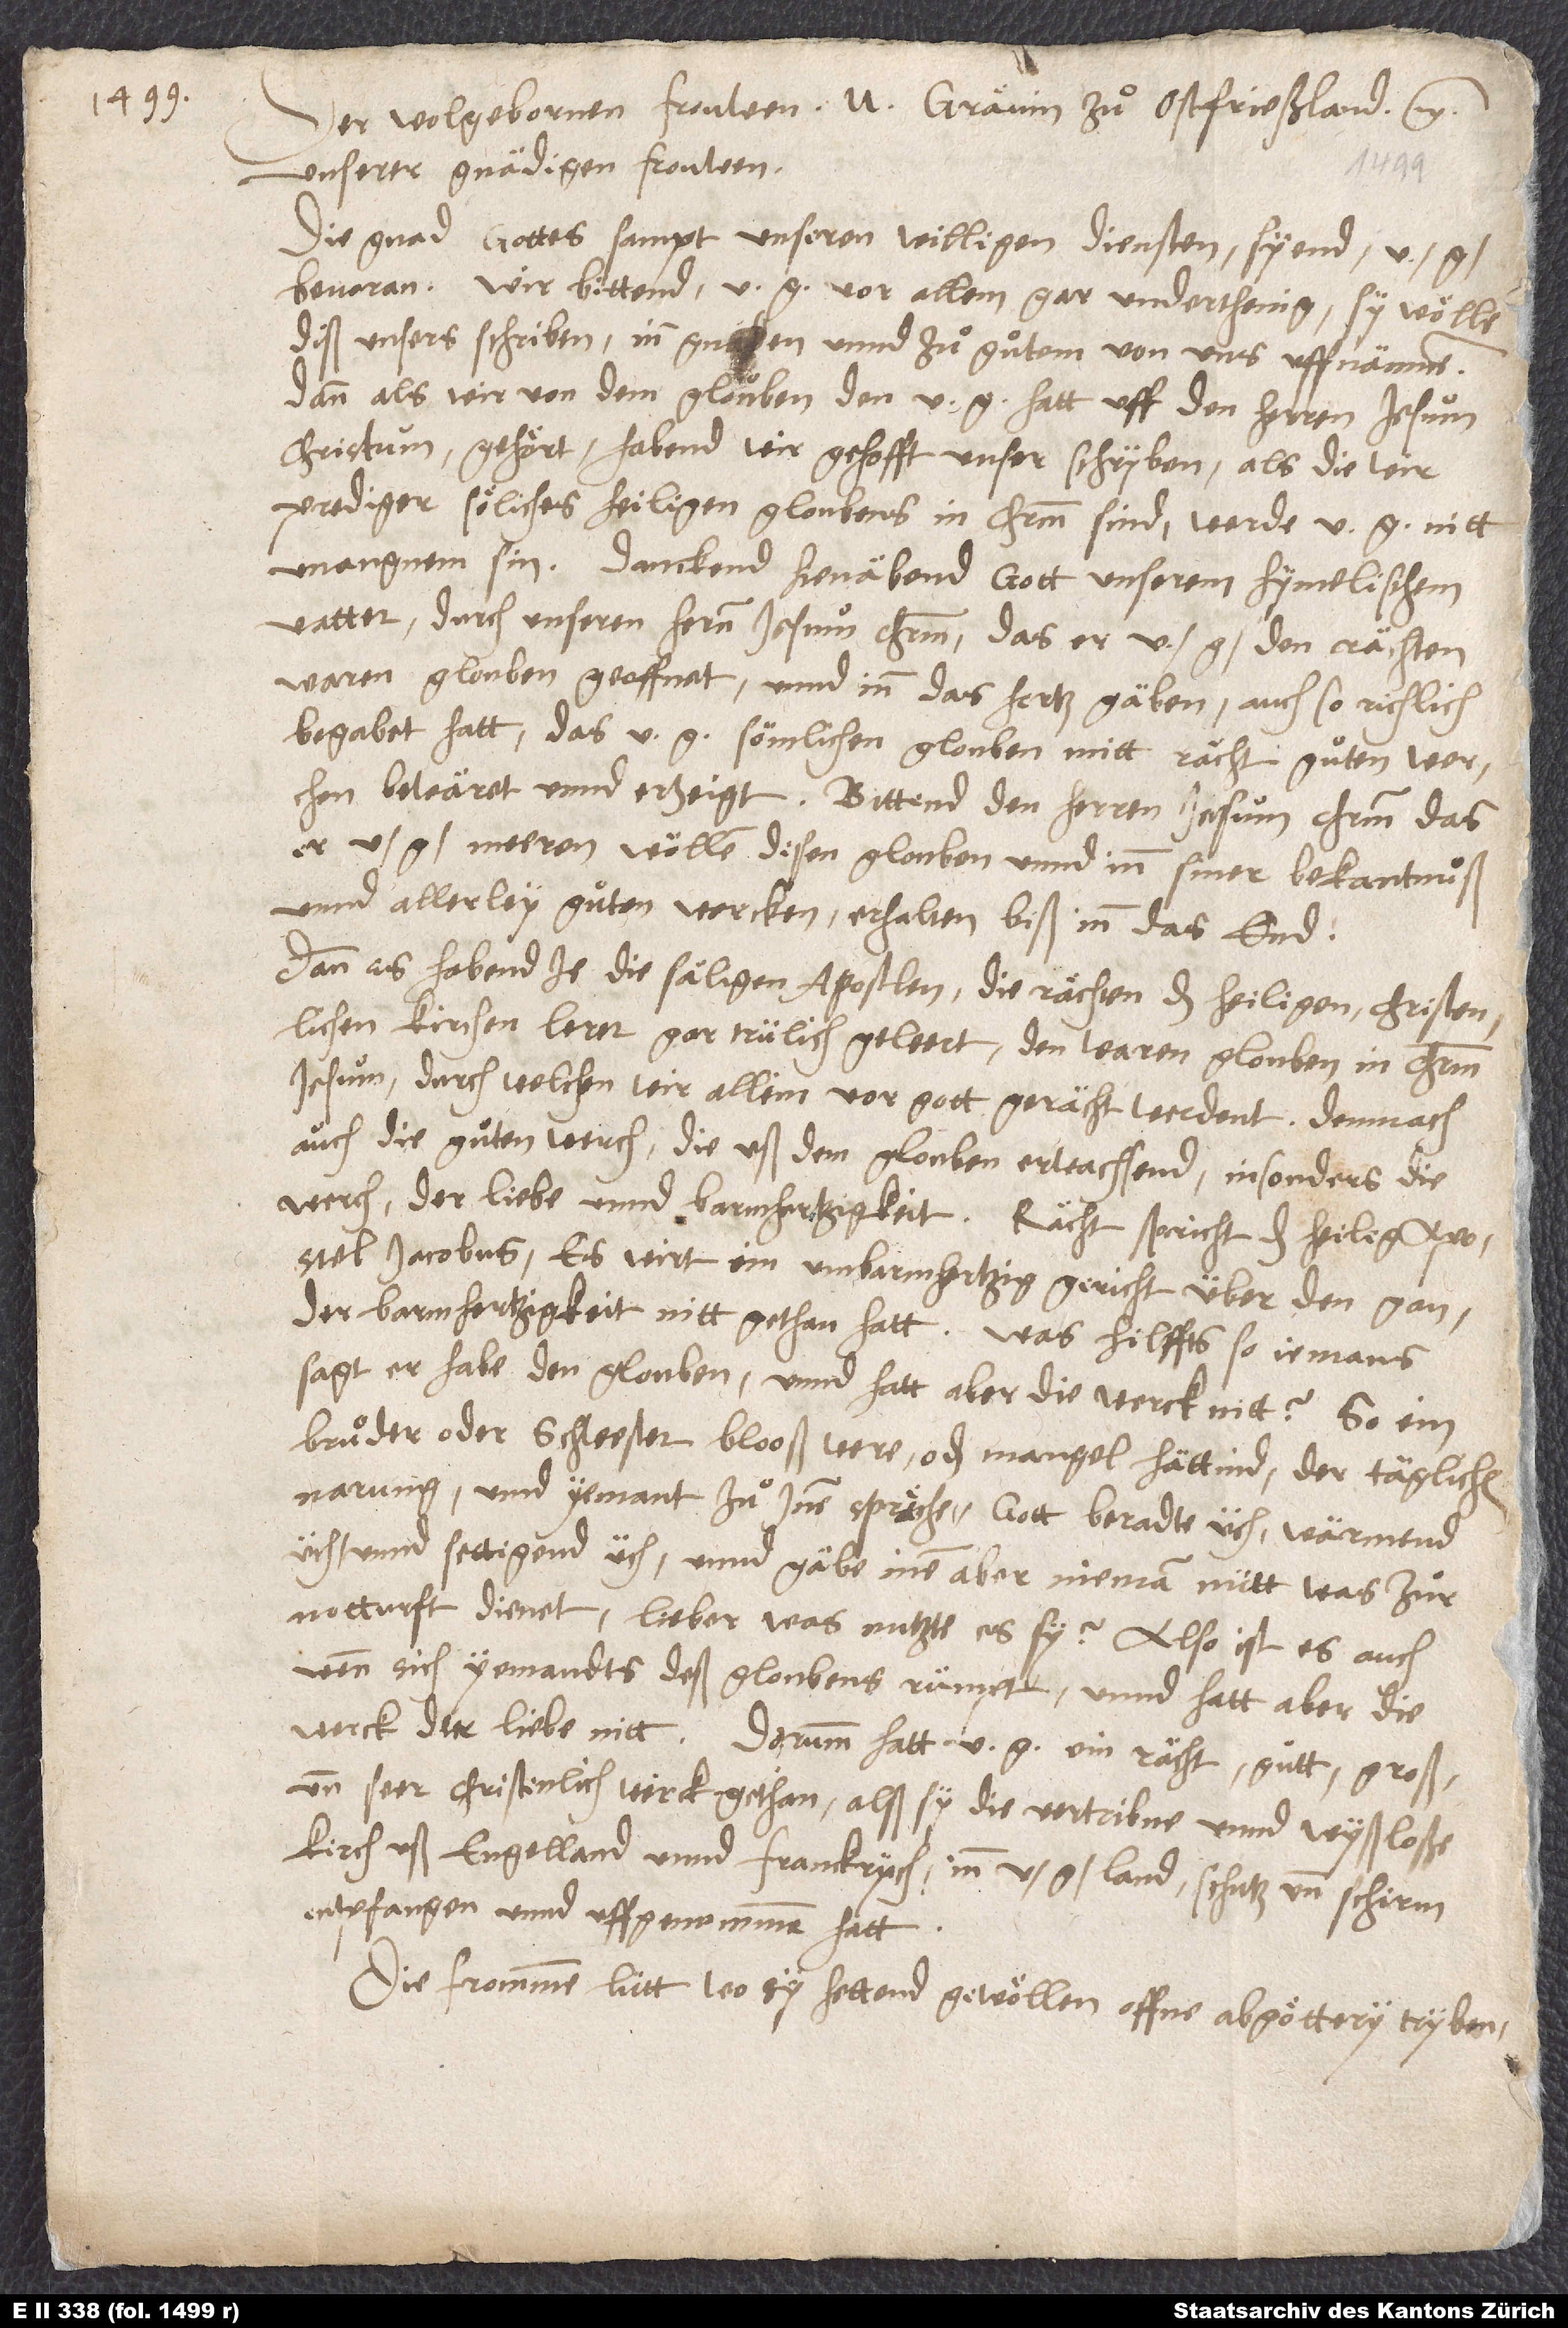
Der wolgebornen frouwen N. grävin zu Ostfrießland etc.,
unserer gnädigen frouwen.
Die gnad gottes sampt unseren willigen diensten syend ü
bevoran. Wir bittend v. g. vor allem gar underthenig, sy wölle
diß unsers schriben in gnaden unnd zuͦ guͦtem von uns uffnämmen;
dann, als wir von dem glouben, den v. g. hatt uff den herren Jesum
Christum, gehört, habend wir gehofft, unser schryben, als die wir
prediger söliches heiligen gloubens in Christum sind, werde v. g. nitt
unangnem sin. Danckend hienäbend gott, unserem hymelischen
vatter, durch unseren hernn Jesum Christum, das er v. g. den rächten,
waren glouben geoffnet unnd inn das hertz gäben, auch so richlich
begabet hatt, das v. g. sömlichen glouben mitt rächt guͦten werchen
bewäret unnd erzeigt. Bittend den herren Jesum Christum, das
er v. g. meeren wöllen disen glouben unnd inn siner bekantnuͦß
unnd allerley guͦten wercken erhalten biß inn das end,
Dann es habend je die säligen apostlen, die rächten der heiligen christenlichen
kirchen lerer, gar trülich geleert den waren glouben in Christum
Jesum, durch welchen wir allein vor gott gerächt werdent, dem nach
auch die guͦten werch, die uß dem glouben erwachsend, insonders die
werch der liebe unnd barmhertzigkeit. Rächt spricht der heilig
apostel Jakobus: Es wirt ein unbarmhertzig gericht über den gan,
der barnhertzigkeit nitt gethan hatt. Was hilffts, so jemans
sagt, er habe den glouben, unnd hatt aber die werck nitt? So ein
bruͦder oder schwester blooß were oder mangel hättind der täglichen
üch und settigend üch", unnd gäbe inen aber nieman nütt, was zuͦr
notturft dienet, lieber, was nutzte es sy? Also ist es auch,
wenn sich yemandts deß gloubens ruͦmpt unnd hatt aber die
und seer christenlich werck gethan, alß sy die vertribne und wyßlose
kirch uß Engelland unnd Franckrych inn v. g. land, schutz und schirm
entpfanen unnd uffgenommen hatt.
Die frommen lütt, wo sy hettend gewöllen offne abgöttery tryben